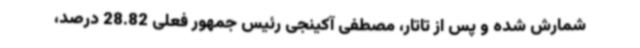
شمارش شده و پس از تاتار، مصطفی آکینجی رئیس جمهور فعلی 28.82 درصد،